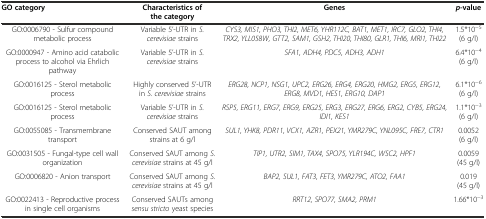
<table><thead><tr><td><b>GO category</b></td><td><b>Characteristics of the category</b></td><td><b>Genes</b></td><td><b><i>p-</i>value</b></td></tr></thead><tbody><tr><td>GO:0006790 - Sulfur compound metabolic process</td><td>Variable 5’-UTR in <i>S. cerevisiae</i> strains</td><td><i>CYS3, MIS1, PHO3, THI2, MET6, YHR112C, BAT1, MET1, IRC7, GLO2, THI4, TRX2, YLL058W, GTT2, SAM1, GSH2, THI20, THI80, GLR1, THI6, MRI1, THI22</i></td><td>1.5*10<sup>−5</sup> (6 g/l)</td></tr><tr><td>GO:0000947 - Amino acid catabolic process to alcohol via Ehrlich pathway</td><td>Variable 5’-UTR in <i>S. cerevisiae</i> strains</td><td><i>SFA1, ADH4, PDC5, ADH3, ADH1</i></td><td>6.4*10<sup>−4</sup> (6 g/l)</td></tr><tr><td>GO:0016125 - Sterol metabolic process</td><td>Highly conserved 5’-UTR in <i>S. cerevisiae</i> strains</td><td><i>ERG28, NCP1, NSG1, UPC2, ERG26, ERG4, ERG20, HMG2, ERG5, ERG12, ERG8, MVD1, HES1, ERG10, DAP1</i></td><td>6.1*10<sup>−6</sup> (6 g/l)</td></tr><tr><td>GO:0016125 - Sterol metabolic process</td><td>Variable 5’-UTR in <i>S. cerevisiae</i> strains</td><td><i>RSP5, ERG11, ERG7, ERG9, ERG25, ERG3, ERG27, ERG6, ERG2, CYB5, ERG24, IDI1, KES1</i></td><td>1.1*10<sup>−3</sup> (6 g/l)</td></tr><tr><td>GO:0055085 - Transmembrane transport</td><td>Conserved SAUT among strains at 6 g/l</td><td><i>SUL1, YHK8, PDR11, VCX1, AZR1, PEX21, YMR279C, YNL095C, FRE7, CTR1</i></td><td>0.0052 (6 g/l)</td></tr><tr><td>GO:0031505 - Fungal-type cell wall organization</td><td>Conserved SAUT among <i>S. cerevisiae</i> strains at 45 g/l</td><td><i>TIP1, UTR2, SIM1, TAX4, SPO75, YLR194C, WSC2, HPF1</i></td><td>0.0059 (45 g/l)</td></tr><tr><td>GO:0006820 - Anion transport</td><td>Conserved SAUT among <i>S. cerevisiae</i> strains at 45 g/l</td><td><i>BAP2, SUL1, FAT3, FET3, YMR279C, ATO2, FAA1</i></td><td>0.019 (45 g/l)</td></tr><tr><td>GO:0022413 - Reproductive process in single cell organisms</td><td>Conserved SAUTs among <i>sensu stricto</i> yeast species</td><td><i>RRT12, SPO77, SMA2, PRM1</i></td><td>1.66*10<sup>−3</sup></td></tr></tbody></table>